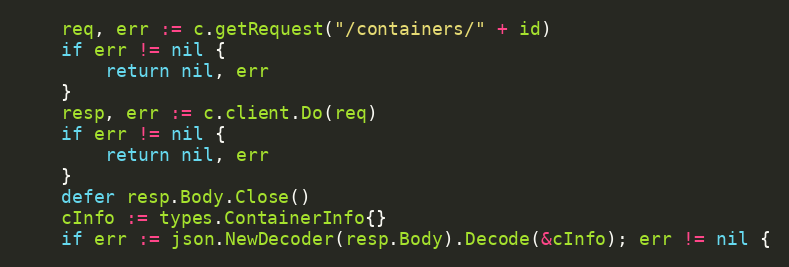
Language: Go
	req, err := c.getRequest("/containers/" + id)
	if err != nil {
		return nil, err
	}
	resp, err := c.client.Do(req)
	if err != nil {
		return nil, err
	}
	defer resp.Body.Close()
	cInfo := types.ContainerInfo{}
	if err := json.NewDecoder(resp.Body).Decode(&cInfo); err != nil {